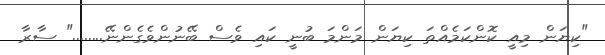
"ކިޔަން މިއީ ކޮންކަމެއްތަ ކިޔަން މަންމަ ބުނީ ކައި ވެސް ބޭނުންވެގެންނޭ........" ސާރާ